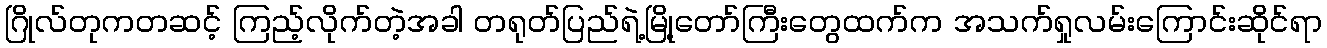
ဂြိုလ်တုကတဆင့် ကြည့်လိုက်တဲ့အခါ တရုတ်ပြည်ရဲ့မြို့တော်ကြီးတွေထက်က အသက်ရှုလမ်းကြောင်းဆိုင်ရာ